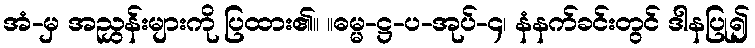
အံ-မှ အညွှန်းများကို ပြထား၏။ ။ဓမ္မ-ဋ္ဌ-ပ-အုပ်-၄၊ နံနက်ခင်းတွင် ဒါနပြု၍